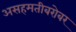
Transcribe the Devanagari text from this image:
असहमतीबरोबर